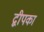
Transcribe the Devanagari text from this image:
द्वीपका